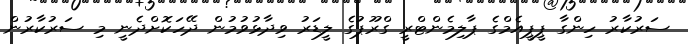
ސަރުކާރު ހިންގާ ޕީޕީއެމްގެ ޕާލިމެންޓްރީ ގްރޫޕުގެ ލީޑަރު ވިދާޅުވުމުން ދޭހަކޮށްދެނީ މި ސަރުކާރުން